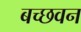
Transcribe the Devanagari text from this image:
बच्छवन